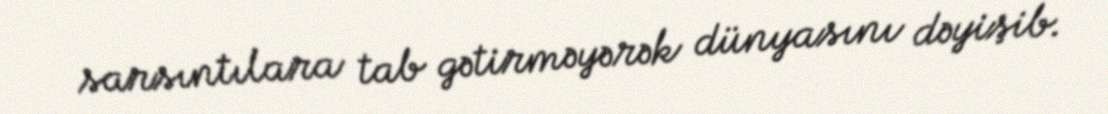
sarsıntılara tab gətirməyərək dünyasını dəyişib.